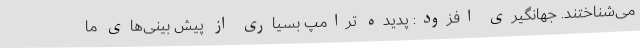
می‌شناختند. جهانگیری افزود: پدیده ترامپ بسیاری از پیش بینی‌های ما